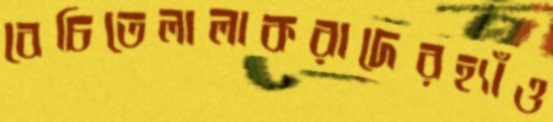
বেচিতেলালাকরাদেরহ্যাঁও